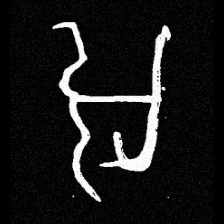
Pyu character \u2014 Myanmar letter: အ (romanized: a)